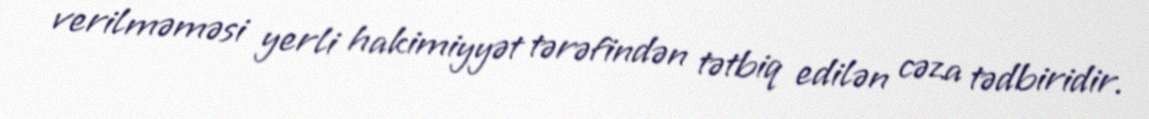
verilməməsi yerli hakimiyyət tərəfindən tətbiq edilən cəza tədbiridir.